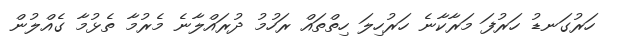
ހަރުގަނޑު ހަރުފަ މަރާކާނެ ހަރުހިލަ ހިތްތައް ރަހުމު ދުރައްލާނެ މެރުމާ ތެޅުމާ ގެއްލުން